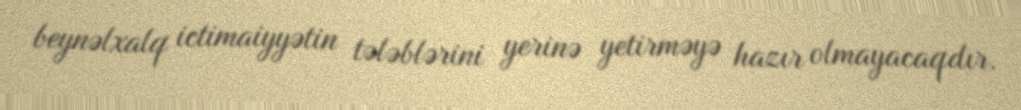
beynəlxalq ictimaiyyətin tələblərini yerinə yetirməyə hazır olmayacaqdır.